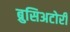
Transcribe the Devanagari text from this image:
ब्रुसिअटोरी